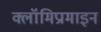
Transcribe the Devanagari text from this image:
क्लॉमिप्रामाइन